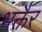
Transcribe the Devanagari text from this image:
भक्तैर